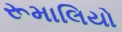
રૂમાલિયો